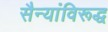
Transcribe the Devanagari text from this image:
सैन्यांविरूद्ध